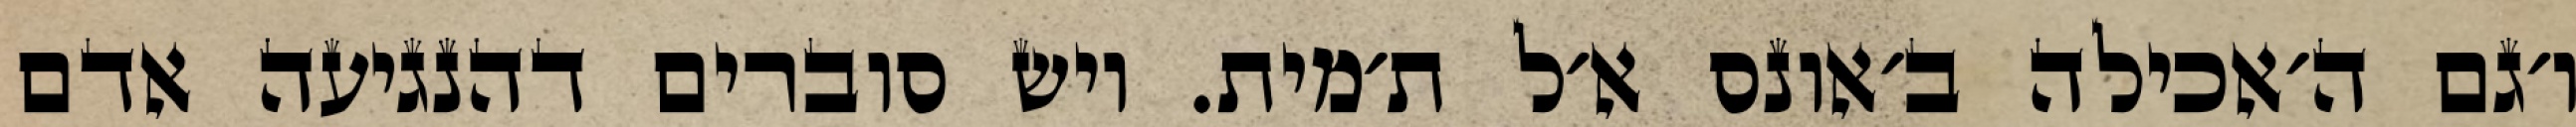
ו׳גם ה׳אכילה ב׳אונס א׳ל ת׳מית. ויש סוברים דהנגיעה אדם